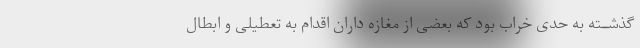
گذشــته به حدى خراب بود که بعضى از مغازه داران اقدام به تعطیلى و ابطال